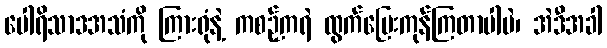
ပေါရိသာဒအသံကို ကြားရုံနဲ့ ကစဉ့်ကရဲ ထွက်ပြေးကုန်ကြတာပါပဲ၊ အဲဒီအခါ